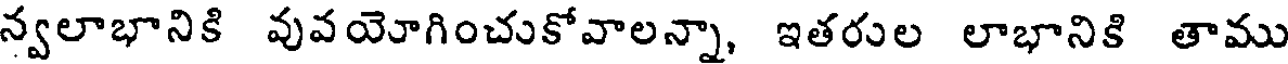
న్వలాభానికి వువయోగించుకోవాలన్నా, ఇతరుల లాభానికి తాము